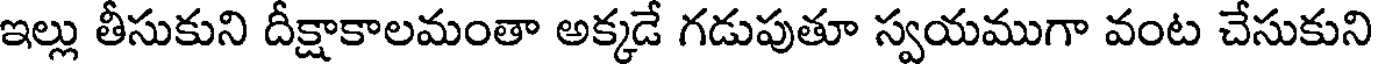
ఇల్లు తీసుకుని దీక్షాకాలమంతా అక్కడే గడుపుతూ స్వయముగా వంట చేసుకుని